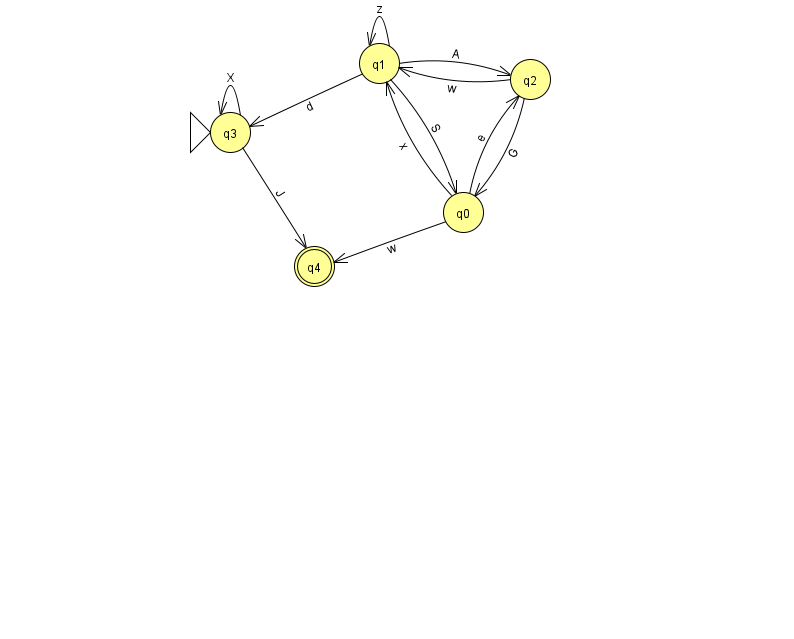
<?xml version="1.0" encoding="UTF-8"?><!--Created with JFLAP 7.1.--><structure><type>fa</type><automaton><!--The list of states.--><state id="0" name="q0"><x>463.0</x><y>199.0</y></state><state id="1" name="q1"><x>379.0</x><y>50.0</y></state><state id="2" name="q2"><x>530.0</x><y>66.0</y></state><state id="3" name="q3"><x>230.0</x><y>119.0</y><initial/></state><state id="4" name="q4"><x>314.0</x><y>253.0</y><final/></state><!--The list of transitions.--><transition><from>1</from><to>0</to><read>S</read></transition><transition><from>0</from><to>4</to><read>w</read></transition><transition><from>3</from><to>4</to><read>J</read></transition><transition><from>3</from><to>3</to><read>X</read></transition><transition><from>1</from><to>1</to><read>z</read></transition><transition><from>2</from><to>1</to><read>w</read></transition><transition><from>1</from><to>2</to><read>A</read></transition><transition><from>2</from><to>0</to><read>G</read></transition><transition><from>0</from><to>1</to><read>x</read></transition><transition><from>0</from><to>2</to><read>e</read></transition><transition><from>1</from><to>3</to><read>d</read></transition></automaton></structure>